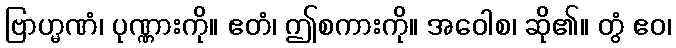
ဗြာဟ္မဏံ၊ ပုဏ္ဏားကို။ ဧတံ၊ ဤစကားကို။ အဝေါစ၊ ဆို၏။ တွံ ဧဝ၊